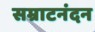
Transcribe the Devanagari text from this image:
सम्राटनंदन